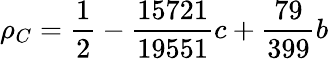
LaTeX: \rho_{C}=\frac{1}{2}-\frac{15721}{19551}c+\frac{79}{399}b